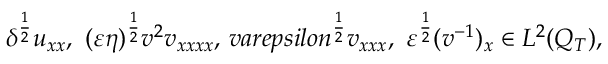
\delta ^ { \frac { 1 } { 2 } } u _ { x x } , \ ( \varepsilon \eta ) ^ { \frac { 1 } { 2 } } v ^ { 2 } v _ { x x x x } , \, v a r e p s i l o n ^ { \frac { 1 } { 2 } } v _ { x x x } , \ \varepsilon ^ { \frac { 1 } { 2 } } ( v ^ { - 1 } ) _ { x } \in L ^ { 2 } ( Q _ { T } ) ,